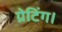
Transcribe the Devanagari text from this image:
ग्रेटिंग।